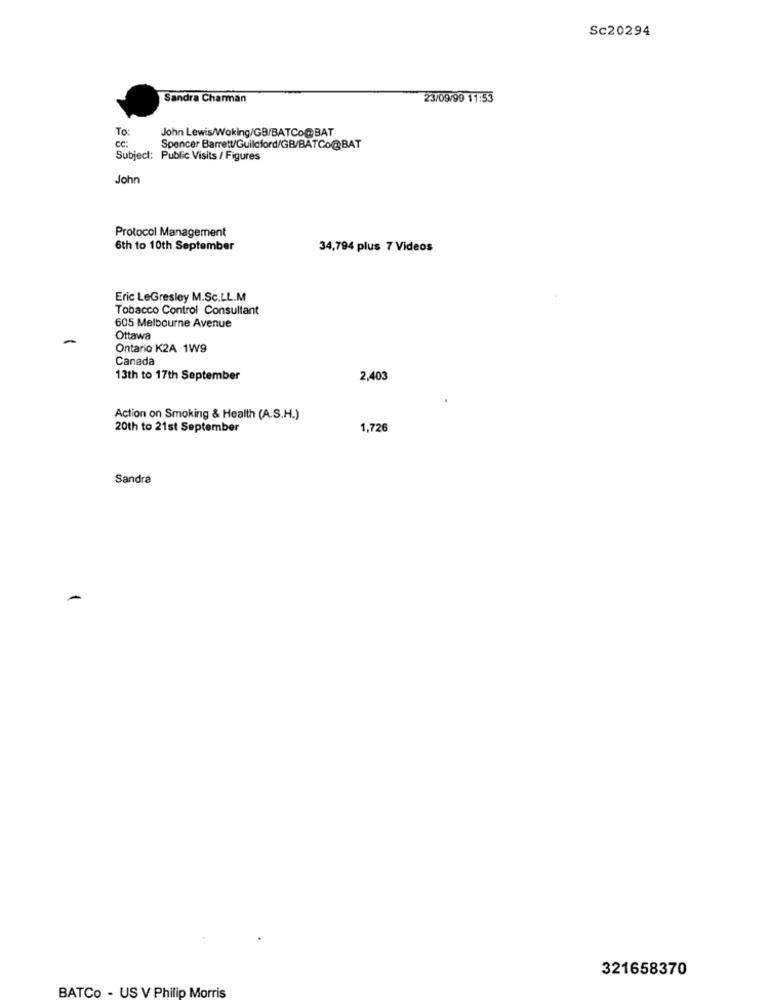
Sc20294
Sandra Charman
23/09/99 11:53
To:
John Lewis/Woking/GB/BATCo@BAT
CC:
Spencer Barrett/Guildford/GB/BATCo@BAT
Subject: Public Visits / Figures
John
Protocol Management
6th to 10th September
34,794 plus 7 Videos
Eric LeGresley M.Sc.LL.M
Tobacco Control Consultant
605 Melbourne Avenue
Ottawa
Ontario K2A 1W9
Canada
13th to 17th September
2,403
Action on Smoking & Health (A.S.H.)
20th to 21st September
1,726
Sandra
321658370
BATCo - US V Philip Morris